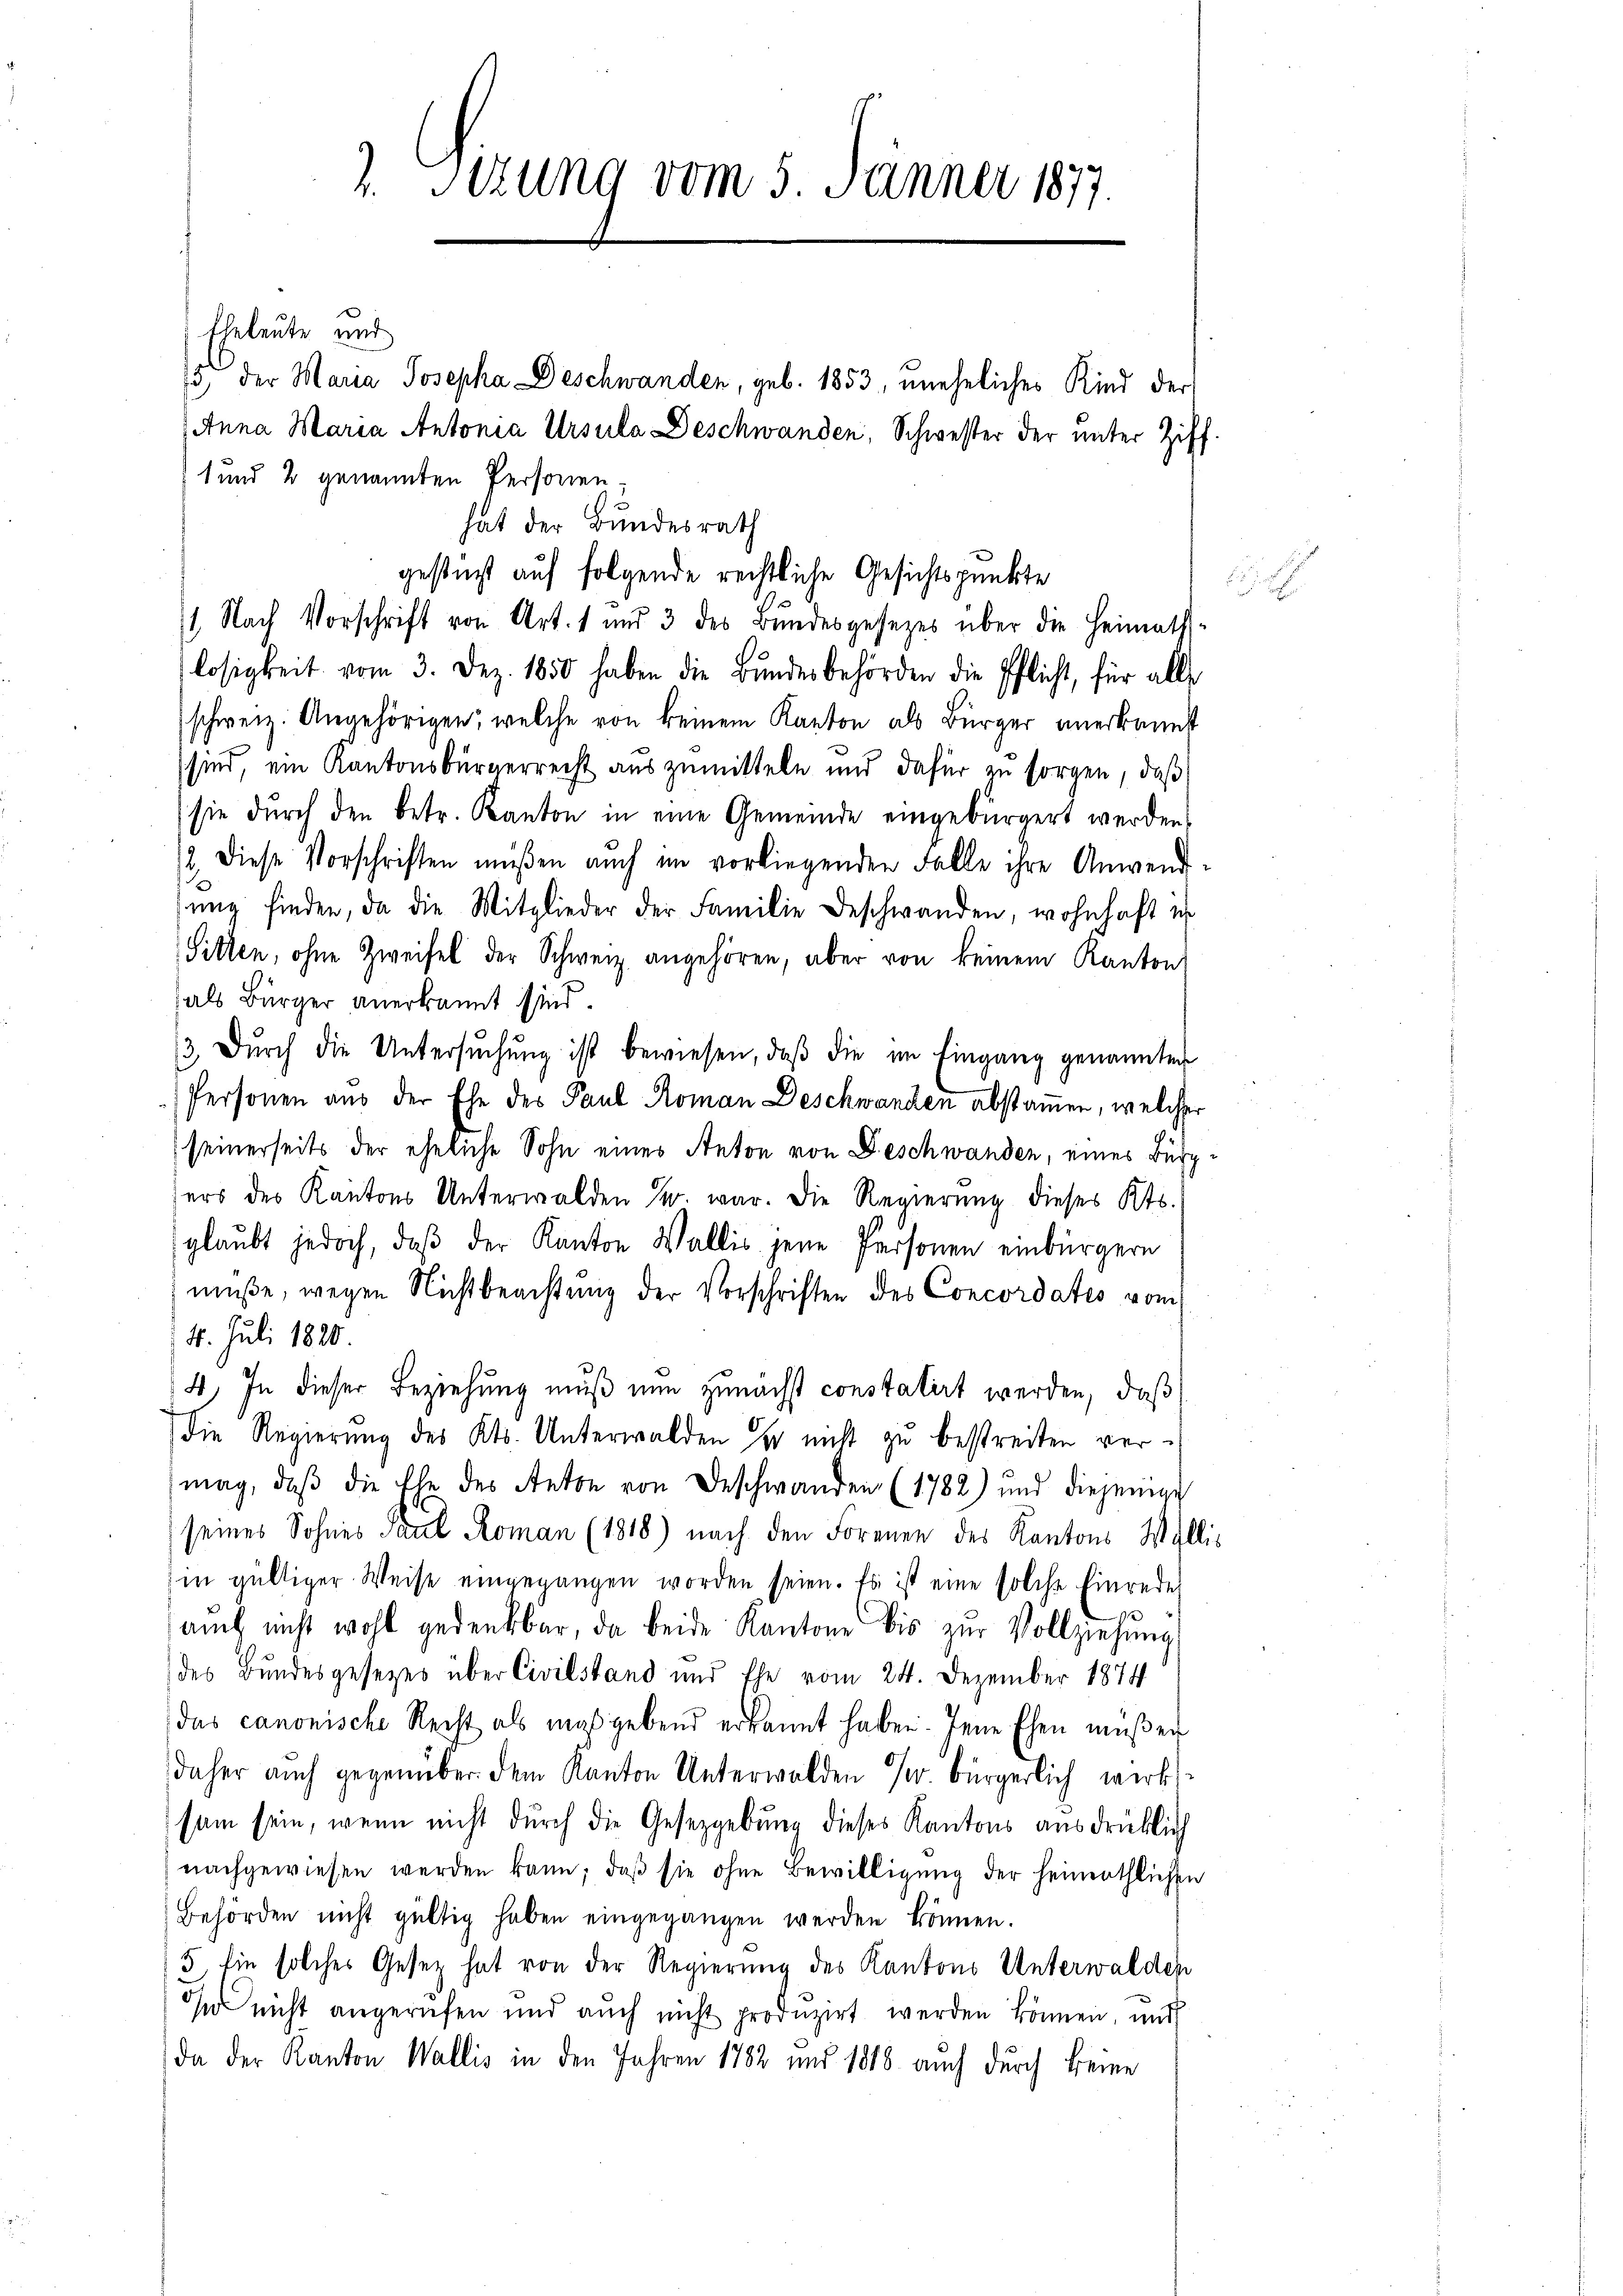
Sizung vom 5. Jänner 1877.

Eheleute und
1 und 2 genannten Personen
hat der Bundesrath
1 Nach Vorschrift von Art. 1 und 3 des Bŭndesgesezes über die Heimath-
losigkeit vom 3. Dez. 1850 haben die Bŭndesbehörden die Pflicht, für alle
schweiz. Angehörigen, welche von keinem Kanton als Bürger anerkannt
sind, ein Kantonsbürgerrecht auszumitteln und dafür zu sorgen, daß
sie durch den betr. Kanton in eine Gemeinde eingebürgert werden,
2. Diese Vorschriften müßen auch im vorliegenden Falle ihre Anwendŭng finden, da die Mitglieder der Familie Beschwanden, wohnhaft in
Sitten, ohne Zweifel der Schweiz angehören, aber von keinem Kanton
als Bürger anerkannt sind.
3 Dŭrch die Untersŭchŭng ist bewiesen, daβ die im Eingang genannten
Personen aus der Ehe des Paul Koman Deschwanken abstammen, welcher
seinerseits der eheliche Sohn eines Anton von Deschwanden, eines Bürg
sers des Kantons Unterwalden u. war. Die Regierŭng dieses Kts.
glaubt jedoch, daß der Kanton Wallis jene Personen einbürgern
müße, wegen Nichtbeachtung der Vorschriften des Concordates vom
16. Juli 1820
4. In dieser Beziehung muß nun zunächst constatirt werden, daß
Die Regierung des Kts. Unterwalden se nicht zu bestreiten vermag, daß die Ehe des Anton von Beschwanden (1782) und diejenige
seines Sohnes Paul Roman (1818) nach den Formen des Kantons Wallis
in gültiger Weise eingegangen worden seien. Es ist eine solche Einrede
aŭch nicht wohl gedenkbar, da beide Kantone bis zŭr Vollziehŭng
des Bundesgesetzes über Civilstand und Ehe vom 24. Dezember 1874
das canonische Recht als maßgebend erkannt haben. Jene Ehen müßen
daher auch gegenüber dem Kanton Unterwalden 3. bürgerlich werks-
sam sein, wenn nicht durch die Gesetzgebung dieses Kantons ausdrücklich
nachgewiesen werden kann; daß sie ohne Bewilligung der heimathlichen
Behörden nicht gültig haben eingegangen werden können.
3, sie solches Gesetz hat von der Regierung des Kantons Unterwalden
En nicht angerufen und auch nicht produzirt werden können, und
da der Kanton Wallis in den Jahren 1782 und 1818. auch durch keine

13, der Maria Josepha Deschwanden, geb. 1853, uneheliches Kind der
Anna Maria Antonia Ursula Beschwanden, Schwester der unter Ziff.

gestigt auf folgende rechtliche Gesichtspunkte